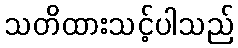
သတိထားသင့်ပါသည်